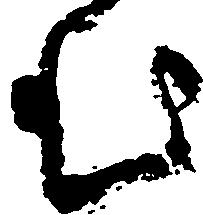
む